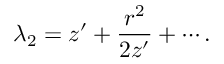
\lambda _ { 2 } = z ^ { \prime } + \frac { r ^ { 2 } } { 2 z ^ { \prime } } + \cdots .